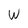
Character: W